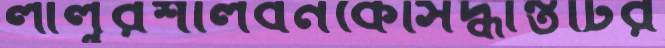
লালুরশালবনকেসিদ্ধান্তটির